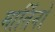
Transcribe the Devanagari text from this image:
मार्तिनो